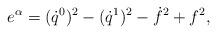
LaTeX: \begin{align*}e^\alpha=(\dot{q}^0)^2-(\dot{q}^1)^2-\dot{f}^2+f^2,\end{align*}